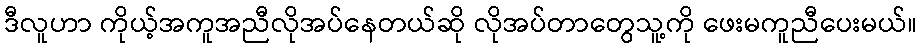
ဒီလူဟာ ကိုယ့်အကူအညီလိုအပ်နေတယ်ဆို လိုအပ်တာတွေသူ့ကို ဖေးမကူညီပေးမယ်။